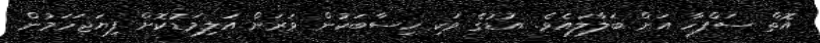
އޮތް ސަފްހާ އަށް ބަލާލައެވެ. އުޑުގެ ވަކި ހިސާބަކުން ވަރަށް އަލިމަޑުކޮށް ފިޔަޖަހަމުން